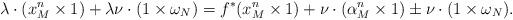
LaTeX: \begin{align*}\lambda\cdot(x_M^n\times 1)+\lambda\nu\cdot(1\times\omega_{N})=f^*(x_M^n\times 1)+\nu\cdot(\alpha^n_M\times 1)\pm\nu\cdot(1\times\omega_{N}).\end{align*}